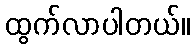
ထွက်လာပါတယ်။